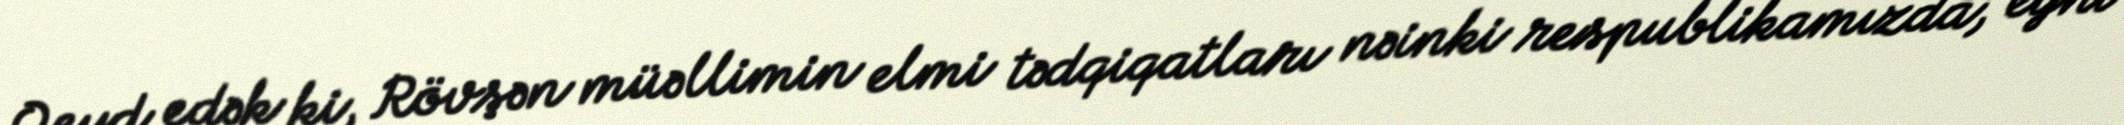
Qeyd edək ki, Rövşən müəllimin elmi tədqiqatları nəinki respublikamızda, eyni